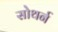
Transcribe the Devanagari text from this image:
सोथर्न